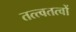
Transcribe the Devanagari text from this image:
तत्त्वतत्वों